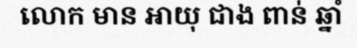
លោក មាន អាយុ ជាង ពាន់ ឆ្នាំ